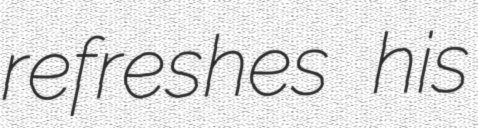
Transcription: refreshes his